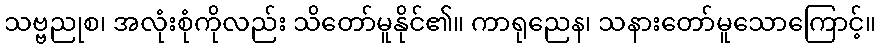
သဗ္ဗညုစ၊ အလုံးစုံကိုလည်း သိတော်မူနိုင်၏။ ကာရုညေန၊ သနားတော်မူသောကြောင့်။